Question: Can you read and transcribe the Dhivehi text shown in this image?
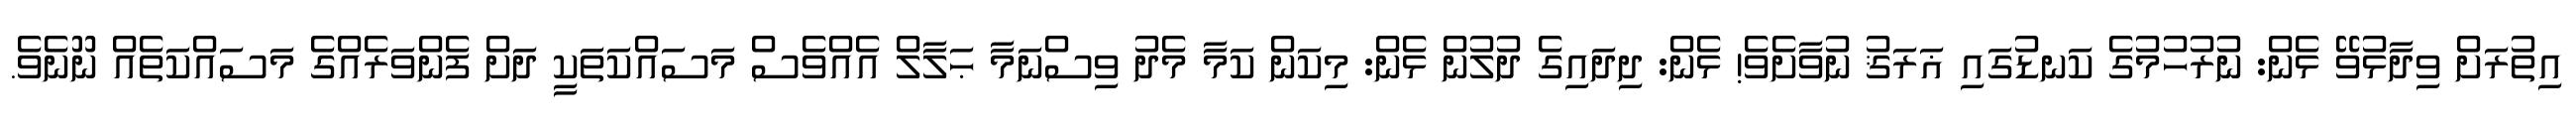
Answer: އިތުރަށް ވިދާޅުވޭ ޅެން: ނުރުހުމުގެ ކަނޑުގައި ޣަރަޤު ނުވާށެވެ! ޅެން: ދިދައިގެ ދުލުން ޅެން: މިކަން ކަމާ މެދު ވިސްނަމާ ޙަލާލް އެއްވެސް މަސައްކަތަކީ ދަށް ފެންވަރެއްގެ މަސައްކަތެއް ނޫނެވެ.